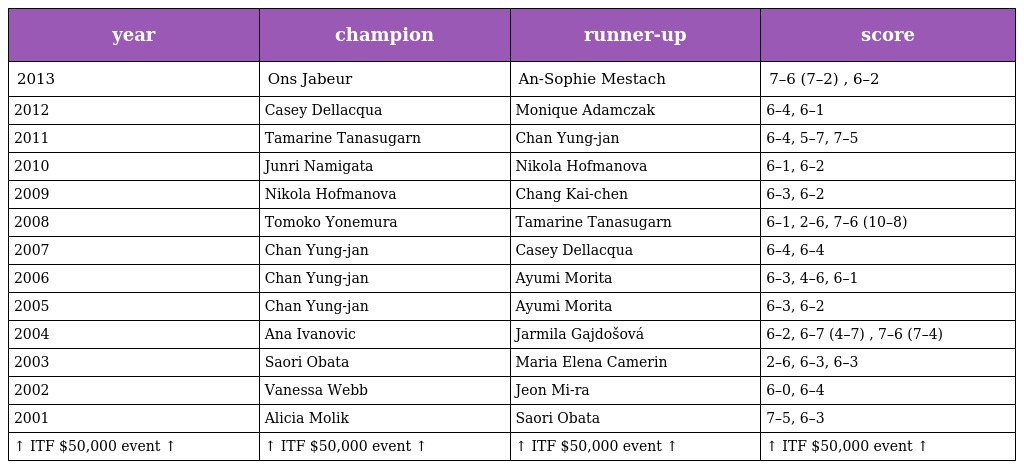
| year | champion | runner-up | score |
 | --- | --- | --- | --- |
 | 2013 | Ons Jabeur | An-Sophie Mestach | 7–6 (7–2) , 6–2 |
 | 2012 | Casey Dellacqua | Monique Adamczak | 6–4, 6–1 |
 | 2011 | Tamarine Tanasugarn | Chan Yung-jan | 6–4, 5–7, 7–5 |
 | 2010 | Junri Namigata | Nikola Hofmanova | 6–1, 6–2 |
 | 2009 | Nikola Hofmanova | Chang Kai-chen | 6–3, 6–2 |
 | 2008 | Tomoko Yonemura | Tamarine Tanasugarn | 6–1, 2–6, 7–6 (10–8) |
 | 2007 | Chan Yung-jan | Casey Dellacqua | 6–4, 6–4 |
 | 2006 | Chan Yung-jan | Ayumi Morita | 6–3, 4–6, 6–1 |
 | 2005 | Chan Yung-jan | Ayumi Morita | 6–3, 6–2 |
 | 2004 | Ana Ivanovic | Jarmila Gajdošová | 6–2, 6–7 (4–7) , 7–6 (7–4) |
 | 2003 | Saori Obata | Maria Elena Camerin | 2–6, 6–3, 6–3 |
 | 2002 | Vanessa Webb | Jeon Mi-ra | 6–0, 6–4 |
 | 2001 | Alicia Molik | Saori Obata | 7–5, 6–3 |
 | ↑ ITF $50,000 event ↑ | ↑ ITF $50,000 event ↑ | ↑ ITF $50,000 event ↑ | ↑ ITF $50,000 event ↑ |